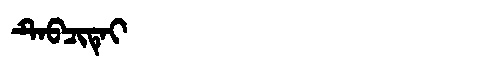
Manchu: ᡨᡝᠪᠴᡳᡨᡝᡳ
Romanization: TEBCITEI